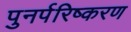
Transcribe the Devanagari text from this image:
पुनर्परिष्करण